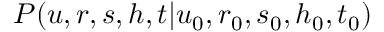
P ( u , r , s , h , t | u _ { 0 } , r _ { 0 } , s _ { 0 } , h _ { 0 } , t _ { 0 } )